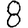
Digit: 8